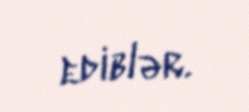
ediblər.